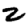
Digit: 2